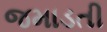
જમાડતી